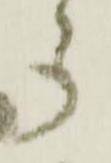
多